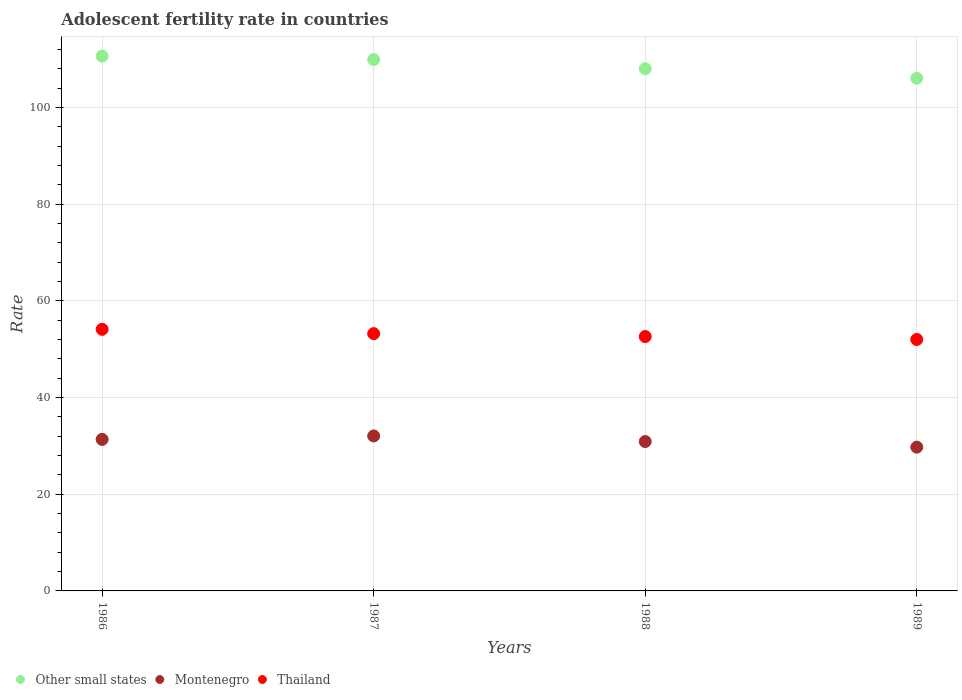
| Years | Other small states | Montenegro | Thailand |
 | --- | --- | --- | --- |
 | 1986 | 111 | 31.4 | 54.1 |
 | 1987 | 110 | 32.1 | 53.2 |
 | 1988 | 108 | 30.9 | 52.6 |
 | 1989 | 106 | 29.8 | 52 |